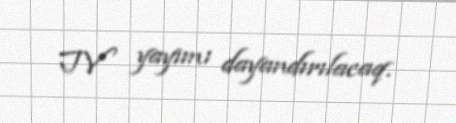
TV yayımı dayandırılacaq.